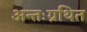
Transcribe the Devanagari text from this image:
अन्तःग्रथित